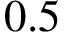
0 . 5